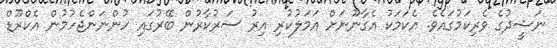
ނަޝީދުގެ ވެރިކަމުގައެވެ. އެކަމަކު އެގާނޫނަށް އަމަލުކުރި އިރު ސަރުކާރުން ބޭރުގައި ހުންނަންޖެހުމުން އެކްރޫޑް